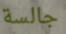
جالسة